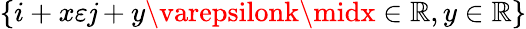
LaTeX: \{ i+x\varepsilon\mathit{j}+y\varepsilonk\midx\in\mathbb{{R}},y\in\mathbb{{R}}\}